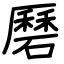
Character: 磿